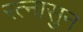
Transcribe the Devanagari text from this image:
रत्‍नासुन